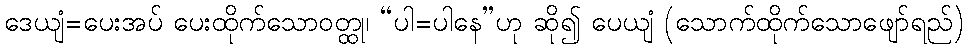
ဒေယျံ=ပေးအပ် ပေးထိုက်သောဝတ္ထု၊ “ပါ=ပါနေ”ဟု ဆို၍ ပေယျံ (သောက်ထိုက်သောဖျော်ရည်)